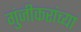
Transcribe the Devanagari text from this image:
गुंजीकरांच्या